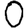
Digit: 0